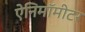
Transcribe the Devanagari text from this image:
ऐनिमॉमीटर